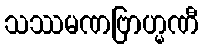
သဿမဏဗြာဟ္မဏီ